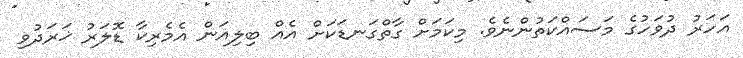
އަހަރު ދުވަހުގެ މަސައްކަތުންނެވެ. މިކަމަށް ގާތްގަނޑަކަށް އެއް ބިލިއަން އެމެރިކާ ޑޮލަރު ޚަރަދުވި